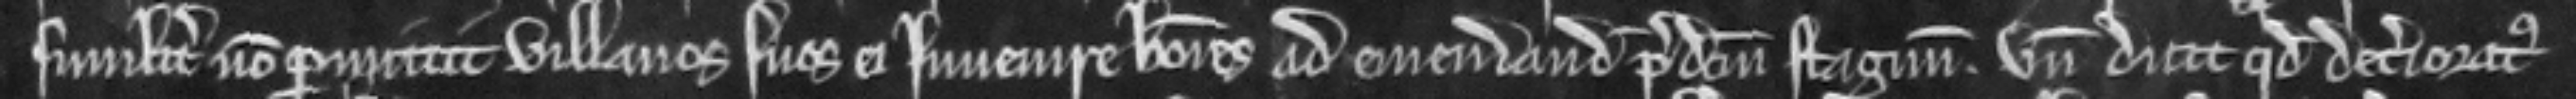
similiter non permittit villanos suos ei invenire homines ad emendandum predictum stagnum. unde dicit quod deterioratus